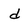
Character: d